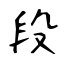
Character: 段